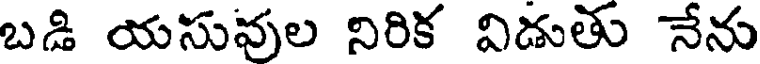
బడి యసువుల నిరిక విడుతు నేను